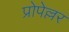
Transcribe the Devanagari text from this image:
प्रोपेल्लर